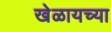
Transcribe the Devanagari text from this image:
खेळायच्या